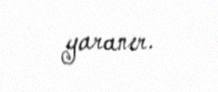
yaranır.